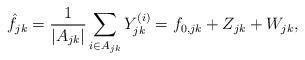
LaTeX: \begin{align*}\hat{f}_{jk}=\frac{1}{|A_{jk}|}\sum_{i\in A_{jk}} Y_{jk}^{(i)}= f_{0,jk}+Z_{jk}+W_{jk},\end{align*}